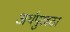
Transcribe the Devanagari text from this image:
अर्थपुरवठा